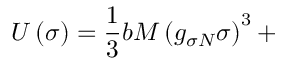
U \left( \sigma \right) = \frac { 1 } { 3 } b M \left( g _ { \sigma N } \sigma \right) ^ { 3 } +